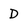
Character: D